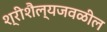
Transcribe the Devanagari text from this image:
श्रीशैल्यजवळील